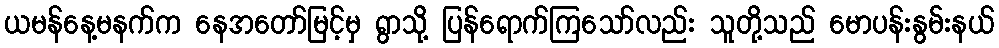
ယမန်နေ့မနက်က နေအတော်မြင့်မှ ရွာသို့ ပြန်ရောက်ကြသော်လည်း သူတို့သည် မောပန်းနွမ်းနယ်